Veterinary [1904] -
Year: 1904
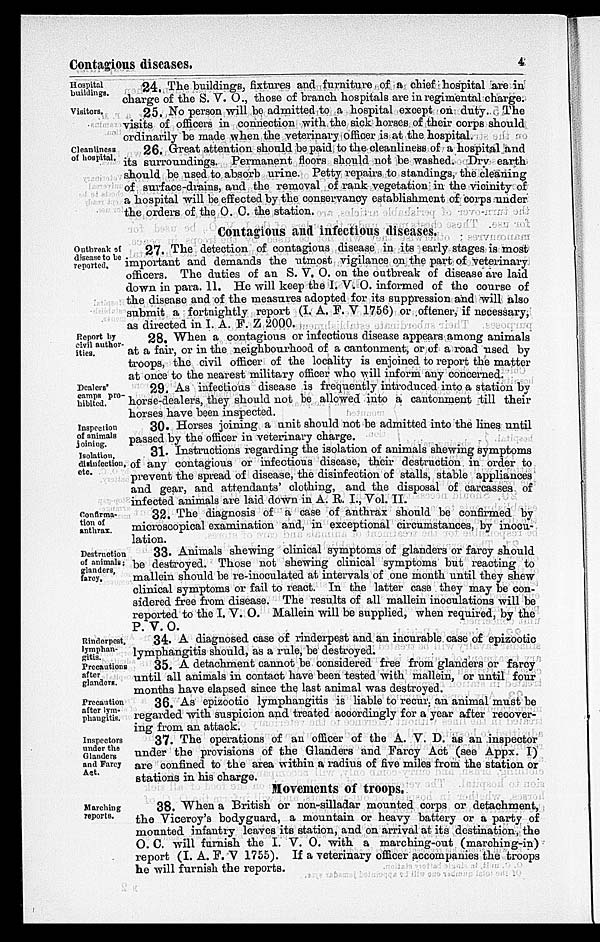
Contagious diseases.
4
Hospital
buildings.
24. The buildings, fixtures and furniture of a chief hospital are in
charge of the S. V. O., those of branch hospitals are in regimental charge.
Visitors.
25. No person will be admitted to a hospital except on duty. The
visits of officers in connection with the sick horses of their corps should
ordinarily be made when the veterinary officer is at the hospital.
Cleanliness
of hospital.
26. Great attention should be paid to the cleanliness of a hospital and
its surroundings. Permanent floors should not be washed. Dry earth
should be used to absorb urine. Petty repairs to standings, the cleaning
of surface-drains, and the removal of rank vegetation in the vicinity of
a hospital will be effected by the conservancy establishment of corps under
the orders of the O. C. the station.
Contagious and infectious diseases.
Outbreak of
disease to be
reported.
27. The detection of contagious disease in its early stages is most
important and demands the utmost vigilance on the part of veterinary
officers. The duties of an S. V. O. on the outbreak of disease are laid
down in para. 11. He will keep the I. V. O. informed of the course of
the disease and of the measures adopted for its suppression and will also
submit a fortnightly report (I. A. F. V 1756) or oftener, if necessary,
as directed in I. A. F. Z 2000.
Report by
civil author-
ities.
28. When a contagious or infectious disease appears among animals
at a fair, or in the neighbourhood of a cantonment, or of a road used by
troops, the civil officer of the locality is enjoined to report the matter
at once to the nearest military officer who will inform any concerned.
Dealers'
camps pro-
hibited.
29. As infectious disease is frequently introduced into a station by
horse-dealers, they should not be allowed into a cantonment till their
horses have been inspected.
Inspection
of animals
joining.
30. Horses joining a unit should not be admitted into the lines until
passed by the officer in veterinary charge.
Isolation,
disinfection,
etc.
31. Instructions regarding the isolation of animals shewing symptoms
of any contagious or infectious disease, their destruction in order to
prevent the spread of disease, the disinfection of stalls, stable appliances
and gear, and attendants' clothing, and the disposal of carcasses of
infected animals are laid down in A. R. I., Vol. II.
Confirma-
tion of
anthrax.
32. The diagnosis of a case of anthrax should be confirmed by
microscopical examination and, in exceptional circumstances, by inocu-
lation.
Destruction
of animals;
glanders,
farcy.
33. Animals shewing clinical symptoms of glanders or farcy should
be destroyed. Those not shewing clinical symptoms but reacting to
mallein should be re-inoculated at intervals of one month until they shew
clinical symptoms or fail to react. In the latter case they may be con-
sidered free from disease. The results of all mallein inoculations will be
reported to the I. V. O. Mallein will be supplied, when required, by the
P. V. O.
Rindorpest
lymphan-
gitis.
34. A diagnosed case of rinderpest and an incurable case of epizootic
lymphangitis should, as a rule, be destroyed.
Precautions
after
glanders.
35. A detachment cannot be considered free from glanders or farcy
until all animals in contact have been tested with mallein, or until four
months have elapsed since the last animal was destroyed.
Precaution
after lym-
phangitis.
36. As epizootic lymphangitis is liable to recur, an animal must be
regarded with suspicion and treated accordingly for a year after recover-
ing from, an attack.
Inspectors
under the
Glanders
and Farcy
Act.
37. The operations of an officer of the A. V. D. as an inspector
under the provisions of the Glanders and Farcy Act (see Appx. I)
are confined to the area within a radius of five miles from the station or
stations in his charge.
Movements of troops.
Marching
reports.
38. When a British or non-silladar mounted corps or detachment,
the Viceroy's bodyguard, a mountain or heavy battery or a party of
mounted infantry leaves its station, and on arrival at its destination, the
O. C. will furnish the I. V. O. with a marching-out (marching-in)
report (I. A. F. V 1755). If a veterinary officer accompanies the troops
he will furnish the reports.